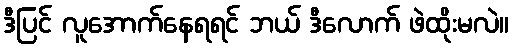
ဒီပြင် လူအောက်နေရရင် ဘယ် ဒီလောက် ဖဲထိုးမလဲ။